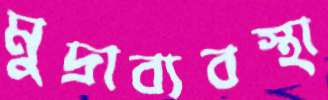
মুদ্রাব্যবস্থা